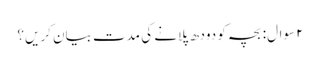
۲ سوال: بچہ کو دودھ پلانے کی مدت بیان کریں؟